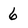
Character: 6